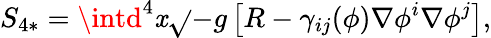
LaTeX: S_{4*}=\intd^{4}\mathit{x}\sqrt{}{{-g}}\left[R-\gamma_{ij}(\phi)\nabla\phi^{i}\nabla\phi^{j}\right],